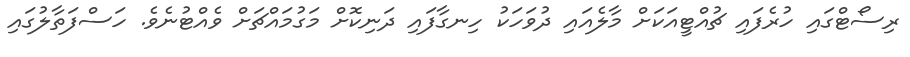
ރިސޯޓްގައި ހުރެފައި ޗުއްޓީއަކަށް މާލެއައި ދުވަހަކު ހިނގާފައި ދަނިކޮށް މަގުމައްޗަށް ވެއްޓުނެވެ. ހަސްފަތާލުގައި